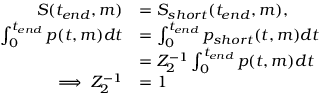
\begin{array} { r l } { S ( t _ { e n d } , m ) } & { = S _ { s h o r t } ( t _ { e n d } , m ) , } \\ { \int _ { 0 } ^ { t _ { e n d } } p ( t , m ) d t } & { = \int _ { 0 } ^ { t _ { e n d } } p _ { s h o r t } ( t , m ) d t } \\ & { = Z _ { 2 } ^ { - 1 } \int _ { 0 } ^ { t _ { e n d } } p ( t , m ) d t } \\ { \implies Z _ { 2 } ^ { - 1 } } & { = 1 } \end{array}